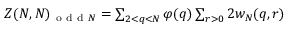
\begin{array} { r } { Z ( N , N ) _ { \mathrm { ~ o ~ d ~ d ~ } N } = \sum _ { 2 < q < N } \varphi ( q ) \sum _ { r > 0 } 2 w _ { N } ( q , r ) } \end{array}